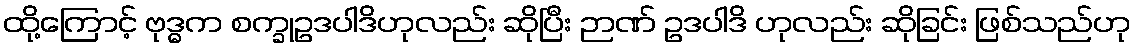
ထို့ကြောင့် ဗုဒ္ဓက စက္ခုဥဒပါဒိဟုလည်း ဆိုပြီး ဉာဏ် ဥဒပါဒိ ဟုလည်း ဆိုခြင်း ဖြစ်သည်ဟု